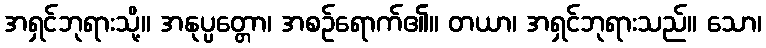
အရှင်ဘုရားသို့။ အနုပ္ပတ္တော၊ အစဉ်ရောက်၏။ တယာ၊ အရှင်ဘုရားသည်။ သော၊